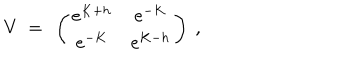
LaTeX: V \ = \ \left( \begin{array} { c c } { { e ^ { K + h } } } & { { e ^ { - K } } } \\ { { e ^ { - K } } } & { { e ^ { K - h } } } \\ \end{array} \right) \ ,